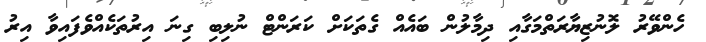
ހެންވޭރު ލޮނުޒިޔާރަތްމަގާއި ދިމާލުން ބައެއް ގެތަކަށް ކަރަންޓް ނުލިބި ގިނަ އިރުތަކެއްވެފައިވާ އިރު